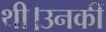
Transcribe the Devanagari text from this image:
थी।उनकीं